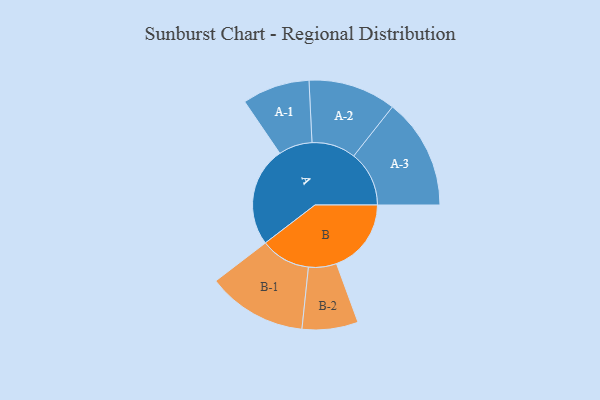
{"axis": {"x": "Segment", "y": "Value"}, "legend": ["", "A", "B"], "data": [{"x": "A", "y": 488, "type": ""}, {"x": "B", "y": 366, "type": ""}, {"x": "A-1", "y": 165, "type": "A"}, {"x": "A-2", "y": 215, "type": "A"}, {"x": "A-3", "y": 271, "type": "A"}, {"x": "B-1", "y": 244, "type": "B"}, {"x": "B-2", "y": 137, "type": "B"}]}